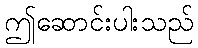
ဤဆောင်းပါးသည်